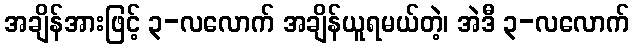
အချိန်အားဖြင့် ၃-လလောက် အချိန်ယူရမယ်တဲ့၊ အဲဒီ ၃-လလောက်